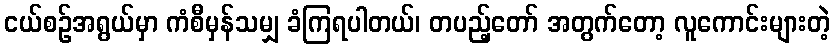
ငယ်စဉ်အရွယ်မှာ ကံစီမှန်သမျှ ခံကြရပါတယ်၊ တပည့်တော် အတွက်တော့ လူကောင်းများတဲ့